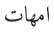
امھات